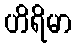
ဟိရိမာ